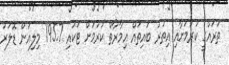
ތަރައްގީ ކުރުމަށާއި އިތުރު ބައިތައް އިމާރާތް ކުރުމަށް ޓަކައި 195.7 މިލިއަން ޑޮލަރު